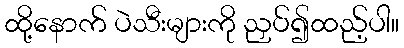
ထို့နောက် ပဲသီးများကို ညှပ်၍ထည့်ပါ။